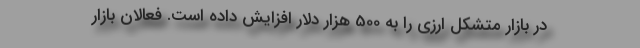
در بازار متشکل ارزی را به 500 هزار دلار افزایش داده است. فعالان بازار